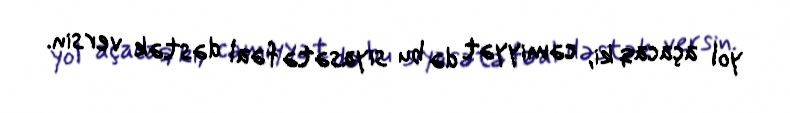
yol açacaq ki, cəmiyyət də bu siyasətə fəal dəstək versin.